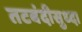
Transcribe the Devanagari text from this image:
तटबंदीसुध्दा